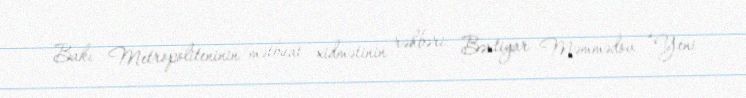
Bakı Metropoliteninin mətbuat xidmətinin rəhbəri Bəxtiyar Məmmədov “Yeni